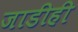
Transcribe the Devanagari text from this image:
जाडीही